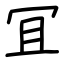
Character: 冝